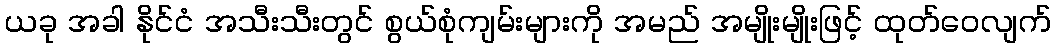
ယခု အခါ နိုင်ငံ အသီးသီးတွင် စွယ်စုံကျမ်းများကို အမည် အမျိုးမျိုးဖြင့် ထုတ်ဝေလျက်